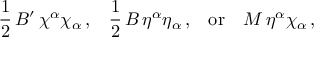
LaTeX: { \frac { 1 } { 2 } } \, B ^ { \prime } \, \chi ^ { \alpha } \chi _ { \alpha } \, { \mathrm { , } } \quad { \frac { 1 } { 2 } } \, B \, \eta ^ { \alpha } \eta _ { \alpha } \, { \mathrm { , } } \quad { \mathrm { o r } } \quad M \, \eta ^ { \alpha } \chi _ { \alpha } \, { \mathrm { , } }